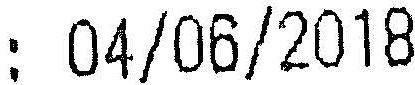
: 04/06/2018